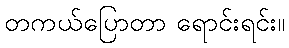
တကယ်ပြောတာ ရောင်းရင်း။